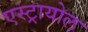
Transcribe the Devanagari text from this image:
एस्ट्रायोल